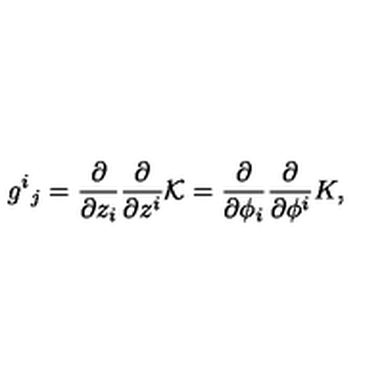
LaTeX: g ^ { i } { } _ { j } = \frac { \partial } { \partial z _ { i } } \frac { \partial } { \partial z ^ { i } } { \cal K } = \frac { \partial } { \partial \phi _ { i } } \frac { \partial } { \partial \phi ^ { i } } K ,